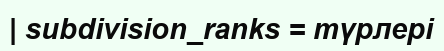
| subdivision_ranks = түрлері